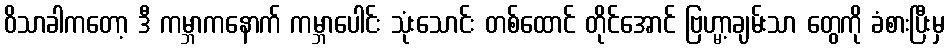
ဝိသာခါကတော့ ဒီ ကမ္ဘာကနောက် ကမ္ဘာပေါင်း သုံးသောင်း တစ်ထောင် တိုင်အောင် ဗြဟ္မာ့ချမ်းသာ တွေကို ခံစားပြီးမှ